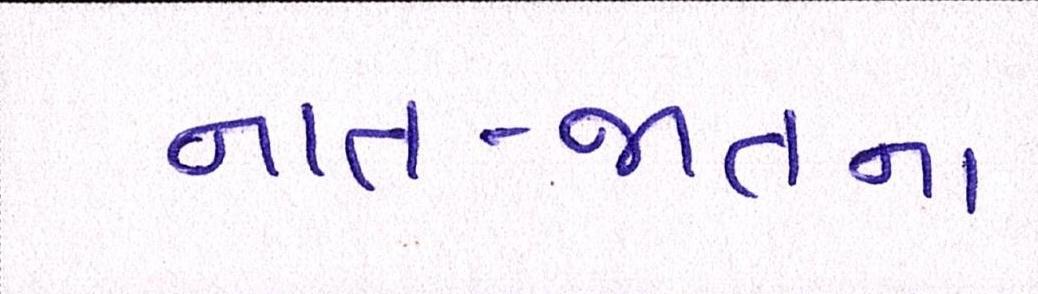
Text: નાત-જાતના